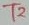
Text: T2